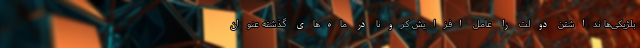
بلژیکی‌ها نداشتن دولت را عامل افزایش کرونا در ماه‌های گذشته عنوان